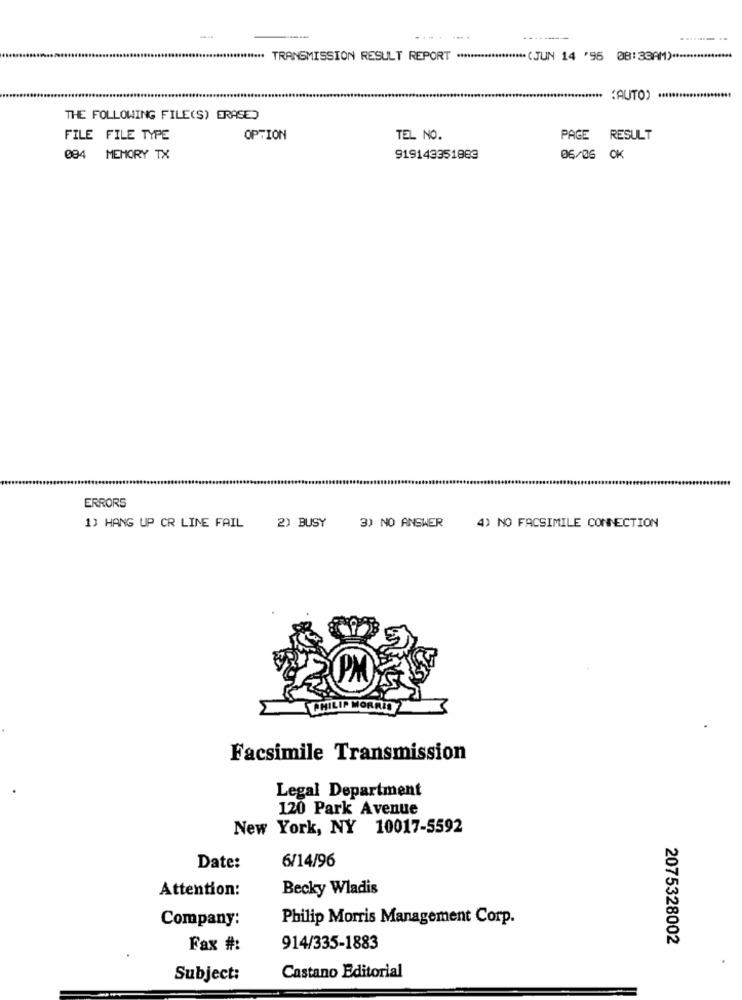
......
******** TRANSMISSION RESULT REPORT ******************** (JUN 14 '95 08:33AM) *****************
(AUTO) .....................
THE FOLLOWING FILE(S) ERASED
FILE FILE TYPE
OPTION
TEL NO.
PAGE
RESULT
084 MEMORY TX
919143351883
06/06 OK
ERRORS
2) BUSY
1) HANG UP CR LINE FAIL
3) NO ANSWER
4) NO FACSIMILE CONNECTION
Facsimile Transmission
Legal Department
120 Park Avenue
New York, NY 10017-5592
6/14/96
Date:
Attention:
Becky Wladis
Company:
Philip Morris Management Corp.
2075328002
Fax #:
914/335-1883
Subject:
Castano Editorial